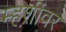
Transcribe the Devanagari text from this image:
म्हशींवर